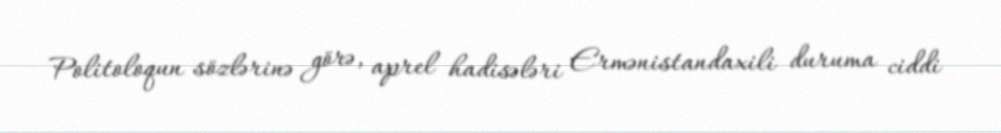
Politoloqun sözlərinə görə, aprel hadisələri Ermənistandaxili duruma ciddi